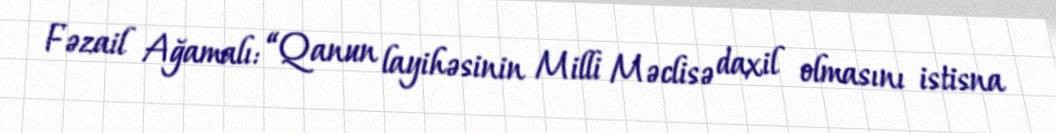
Fəzail Ağamalı: “Qanun layihəsinin Milli Məclisə daxil olmasını istisna